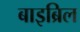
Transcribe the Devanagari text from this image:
बाइब्रिल